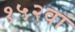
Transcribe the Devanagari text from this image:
१५२वां